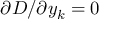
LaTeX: { \partial D / \partial y _ { k } } = 0